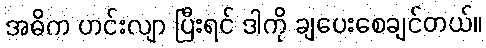
အဓိက ဟင်းလျာ ပြီးရင် ဒါကို ချပေးစေချင်တယ်။